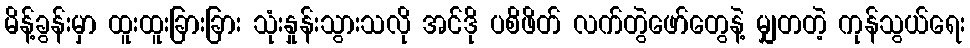
မိန့်ခွန်းမှာ ထူးထူးခြားခြား သုံးနှုန်းသွားသလို အင်ဒို ပစိဖိတ် လက်တွဲဖော်တွေနဲ့ မျှတတဲ့ ကုန်သွယ်ရေး